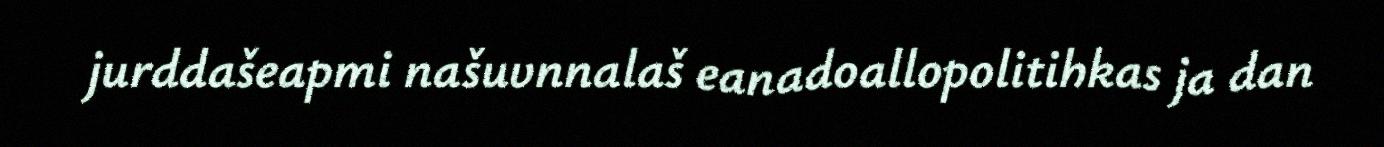
jurddašeapmi našuvnnalaš eanadoallopolitihkas ja dan